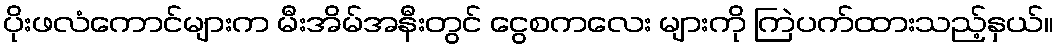
ပိုးဖလံကောင်များက မီးအိမ်အနီးတွင် ငွေစကလေး များကို ကြဲပက်ထားသည့်နှယ်။